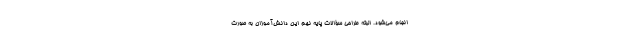
انجام می‌شود. البته طراحی سؤالات پایه نهم این دانش‌آموزان به صورت